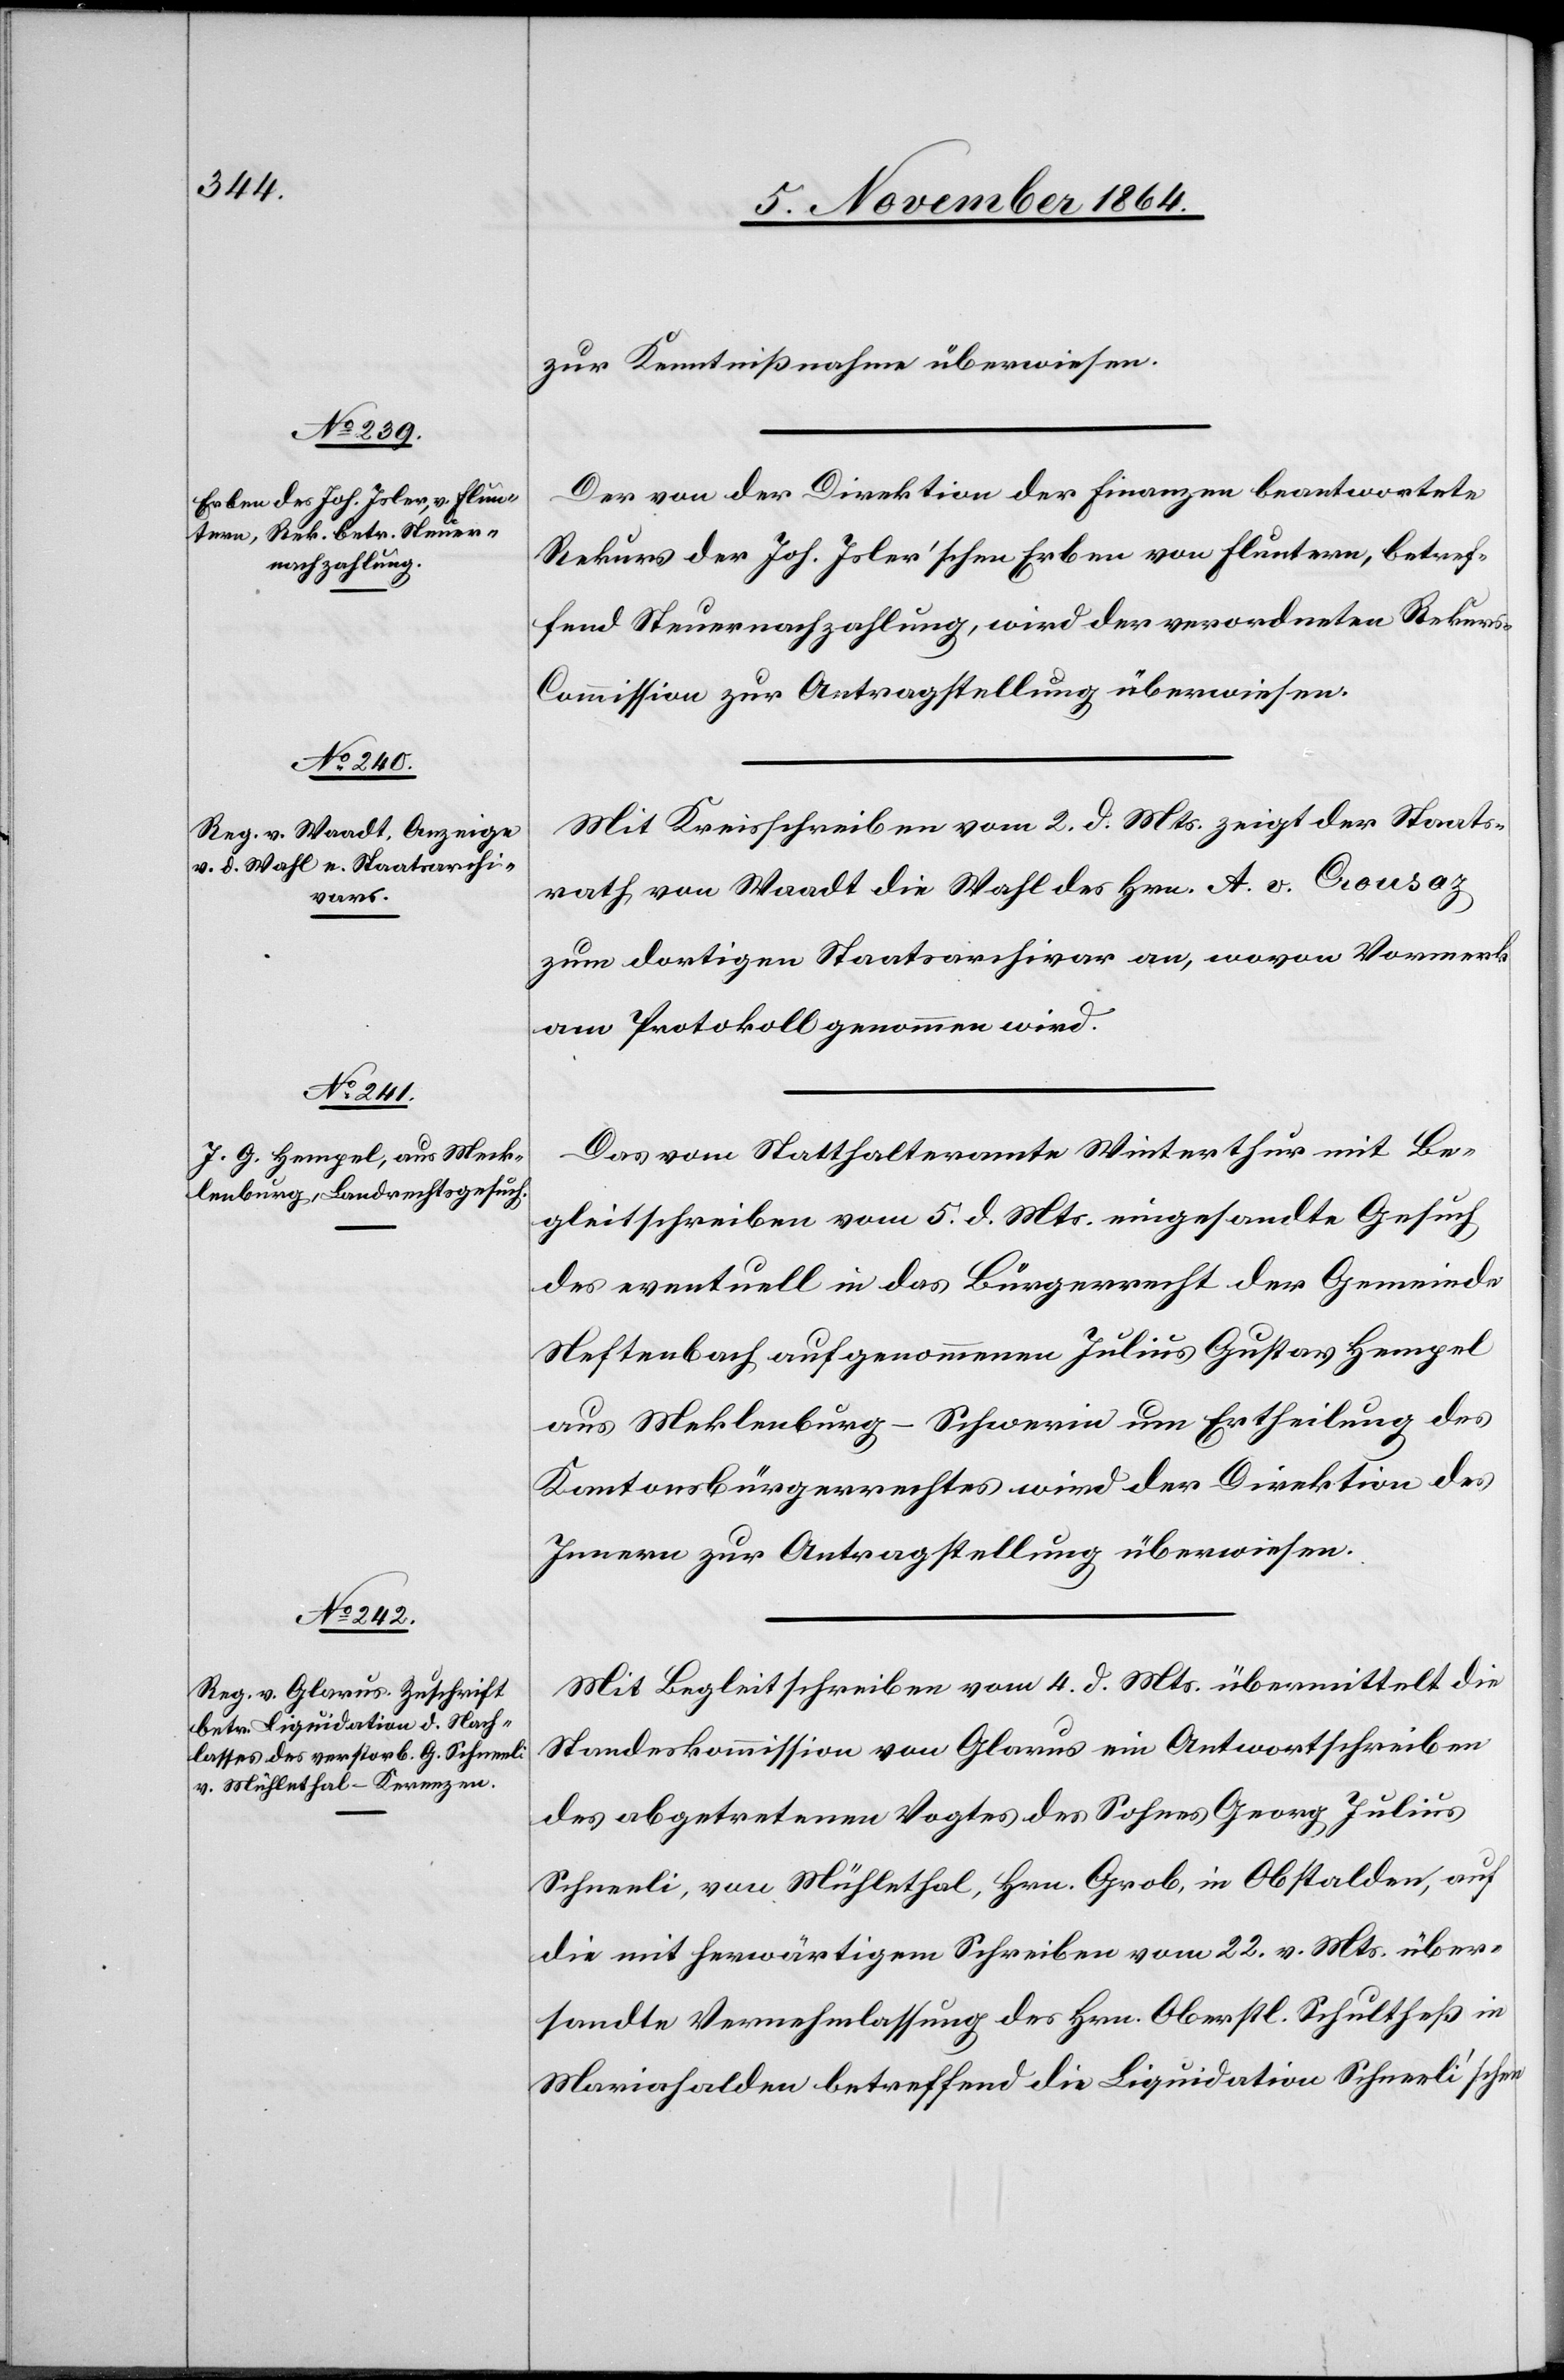
7. November 1864.]
zur Kenntnißnahme überwiesen.
Der von der Direktion der Finanzen beantwortete
Rekurs der Joh. Isler’schen Erben von Fluntern, betref¬
fend Steuernachzahlung, wird der verordneten Rekur¬
s-Commission zur Antragstellung überwiesen.
Mit Kreisschreiben vom 2. d. Mts. zeigt der Staats¬
rath von Waadt die Wahl des Hrn. A. v. Crousaz
zum dortigen Staatsarchivar an, wovon Vormerk
am Protokoll genommen wird.
Das vom Statthalteramte Winterthur mit Be¬
gleitschreiben vom 5. d. Mts. eingesandt Gesuch
des eventuell in das Bürgerrecht der Gemeinde
Neftenbach aufgenommenen Julius Gustav Hempel
aus Mecklenburg-Schwerin um Ertheilung des
Kantonsbürgerrecht wird der Direktion des
Innern zur Antragstellung überwiesen.
Mit Begleitschreiben vom 4. d. Mts. übermittelt die
Standeskommission von Glarus ein Antwortschreiben
des abgetretenen Vogtes des Sohnes Georg Julius
Schneeli, von Mühlethal, Hrn. Grob, in Obstalden, auf
die mit herwärtigem Schreiben vom 22. v. Mts. über¬
sandte Vernehmlassung des Hrn. Oberst Schultheß in
Mariahalden betreffend die Liquidation Schneeli’schen